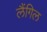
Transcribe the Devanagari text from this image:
लैंगिल